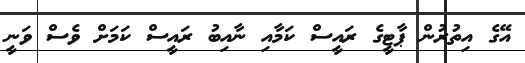
އޭގެ އިތުރުން ޕާޓީގެ ރަައީސް ކަމާއި ނާއިބު ރައީސް ކަމަށް ވެސް ވަނީ